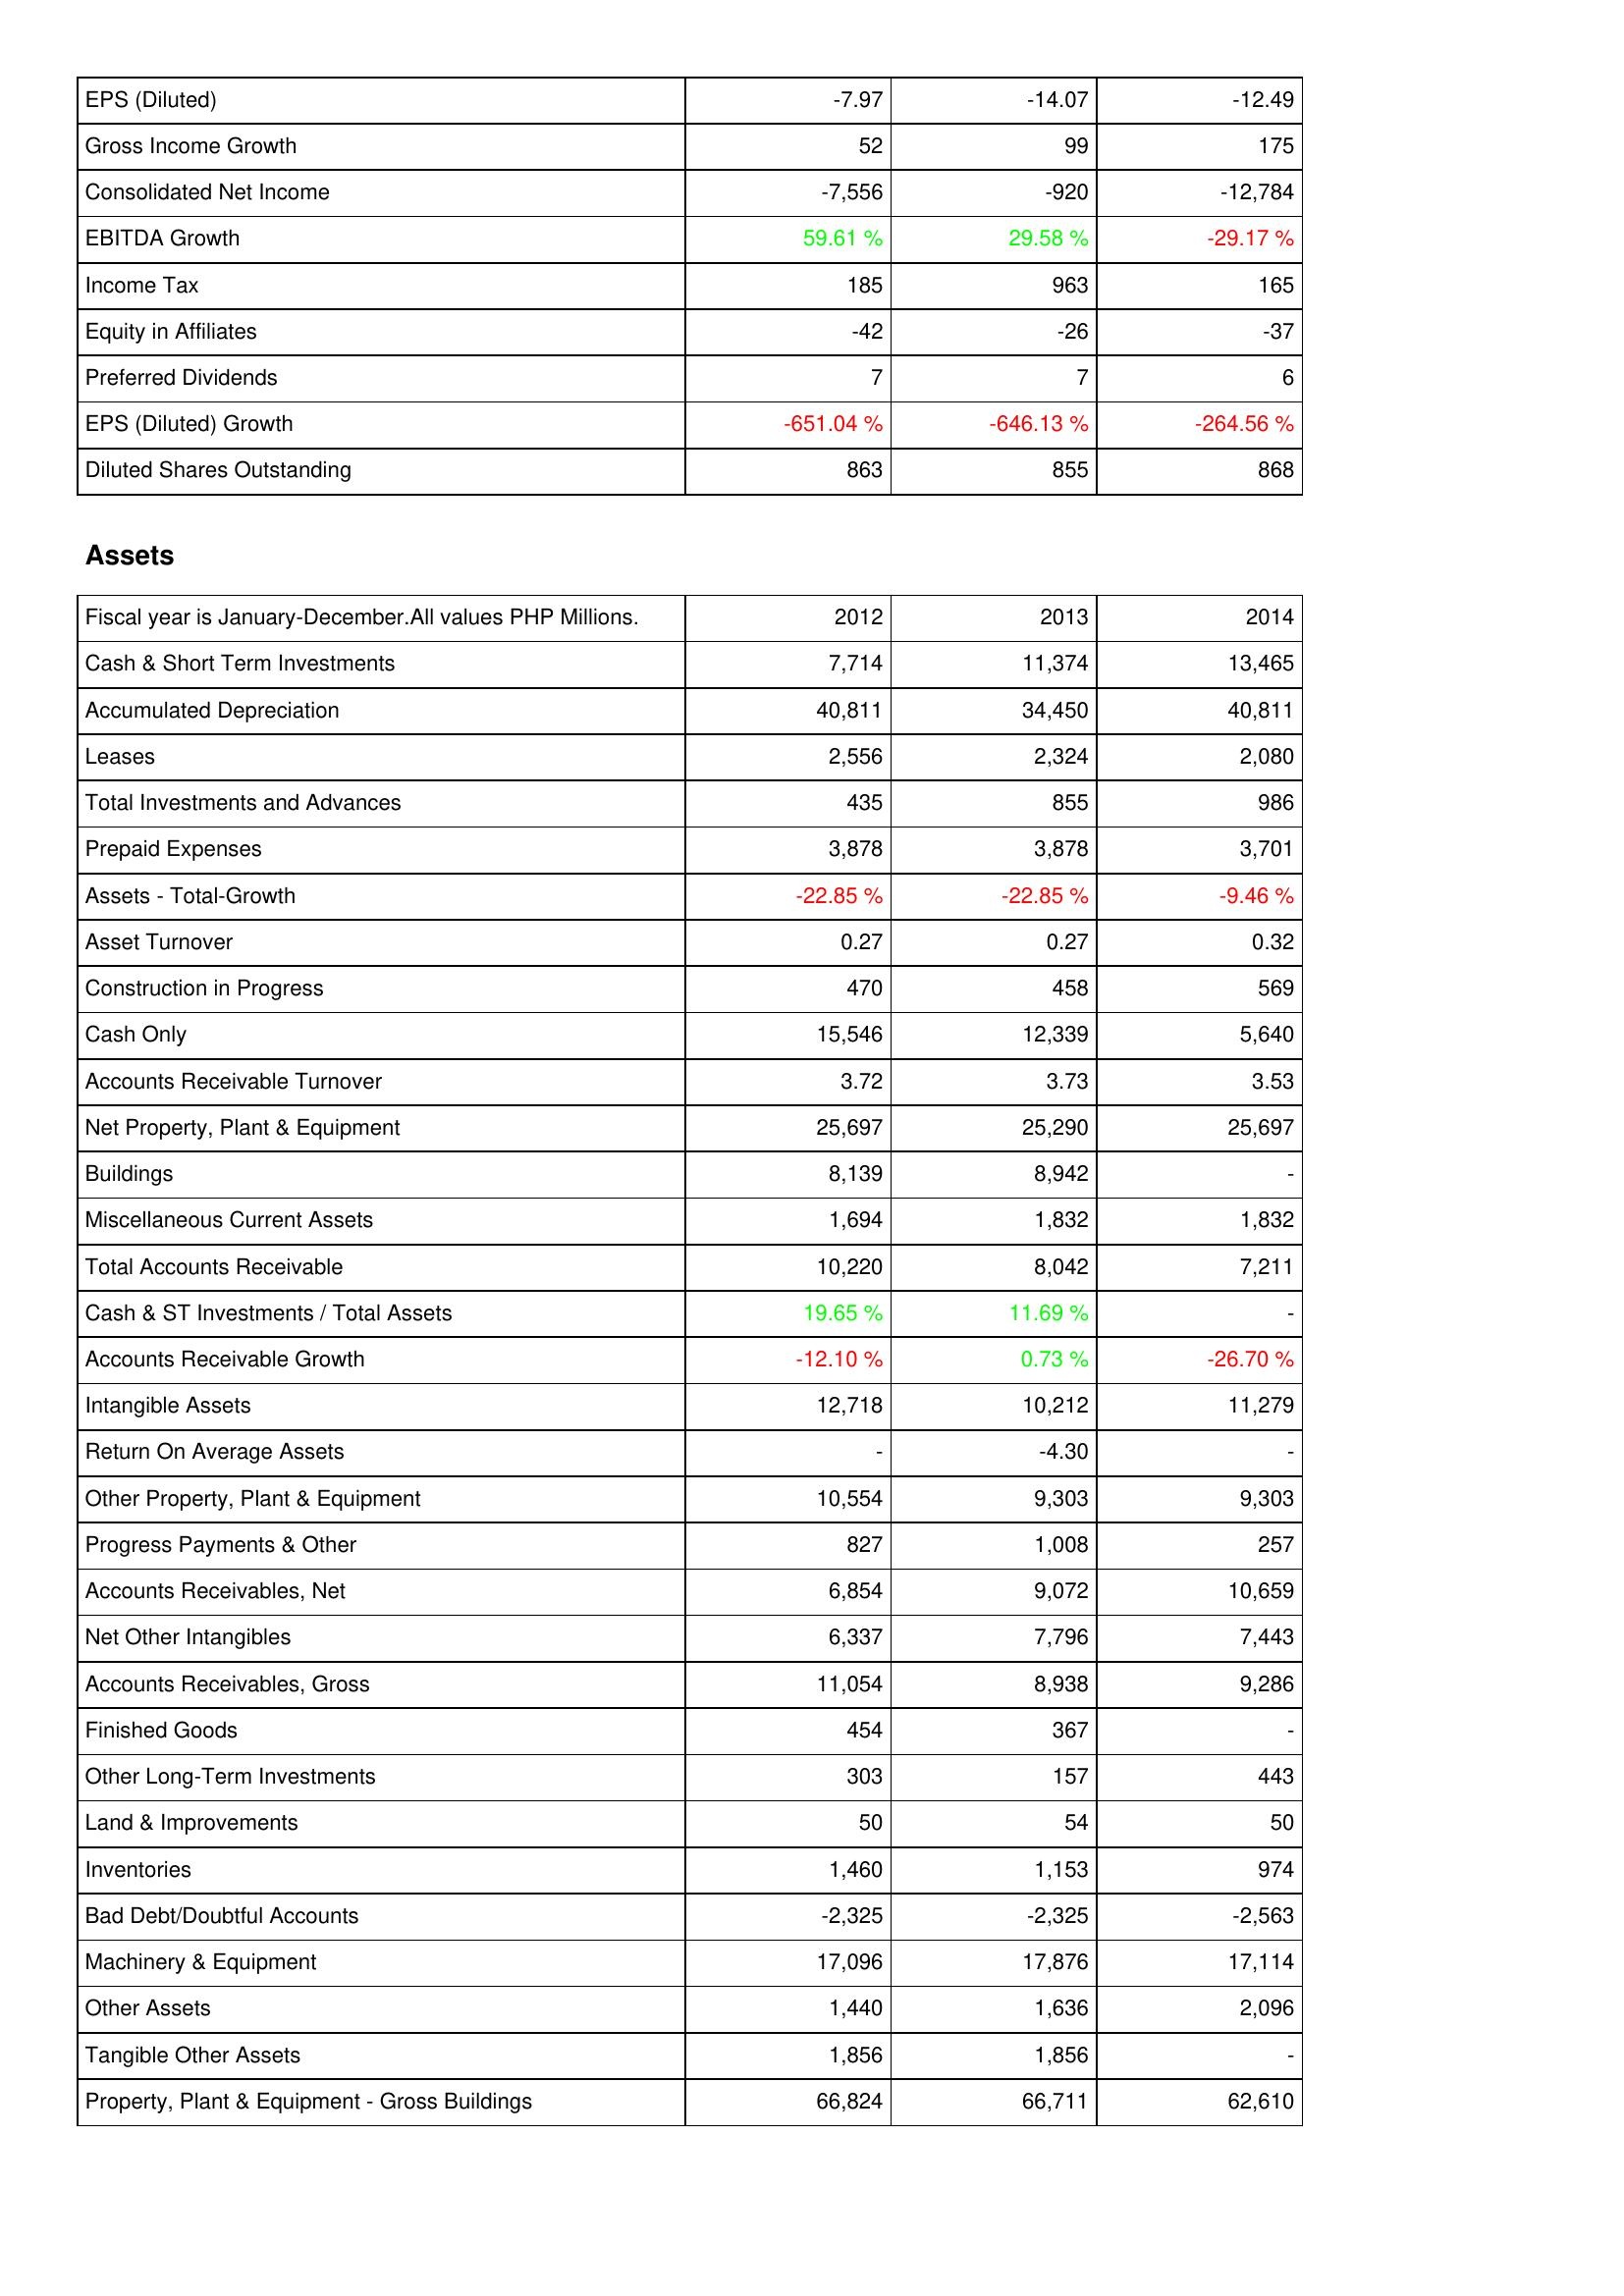
2012: Income Statement: EPS (Diluted): -7.97
Gross Income Growth: 52
Consolidated Net Income: -7,556
EBITDA Growth: 59.61 %
Income Tax: 185
Equity in Affiliates: -42
Preferred Dividends: 7
EPS (Diluted) Growth: -651.04 %
Diluted Shares Outstanding: 863
Assets: Cash & Short Term Investments: 7,714
Accumulated Depreciation: 40,811
Leases: 2,556
Total Investments and Advances: 435
Prepaid Expenses: 3,878
Assets - Total-Growth: -22.85 %
Asset Turnover: 0.27
Construction in Progress: 470
Cash Only: 15,546
Accounts Receivable Turnover: 3.72
Net Property, Plant & Equipment: 25,697
Buildings: 8,139
Miscellaneous Current Assets: 1,694
Total Accounts Receivable: 10,220
Cash & ST Investments / Total Assets: 19.65 %
Accounts Receivable Growth: -12.10 %
Intangible Assets: 12,718
Return On Average Assets: -
Other Property, Plant & Equipment: 10,554
Progress Payments & Other: 827
Accounts Receivables, Net: 6,854
Net Other Intangibles: 6,337
Accounts Receivables, Gross: 11,054
Finished Goods: 454
Other Long-Term Investments: 303
Land & Improvements: 50
Inventories: 1,460
Bad Debt/Doubtful Accounts: -2,325
Machinery & Equipment: 17,096
Other Assets: 1,440
Tangible Other Assets: 1,856
Property, Plant & Equipment - Gross Buildings: 66,824
2013: Income Statement: EPS (Diluted): -14.07
Gross Income Growth: 99
Consolidated Net Income: -920
EBITDA Growth: 29.58 %
Income Tax: 963
Equity in Affiliates: -26
Preferred Dividends: 7
EPS (Diluted) Growth: -646.13 %
Diluted Shares Outstanding: 855
Assets: Cash & Short Term Investments: 11,374
Accumulated Depreciation: 34,450
Leases: 2,324
Total Investments and Advances: 855
Prepaid Expenses: 3,878
Assets - Total-Growth: -22.85 %
Asset Turnover: 0.27
Construction in Progress: 458
Cash Only: 12,339
Accounts Receivable Turnover: 3.73
Net Property, Plant & Equipment: 25,290
Buildings: 8,942
Miscellaneous Current Assets: 1,832
Total Accounts Receivable: 8,042
Cash & ST Investments / Total Assets: 11.69 %
Accounts Receivable Growth: 0.73 %
Intangible Assets: 10,212
Return On Average Assets: -4.30
Other Property, Plant & Equipment: 9,303
Progress Payments & Other: 1,008
Accounts Receivables, Net: 9,072
Net Other Intangibles: 7,796
Accounts Receivables, Gross: 8,938
Finished Goods: 367
Other Long-Term Investments: 157
Land & Improvements: 54
Inventories: 1,153
Bad Debt/Doubtful Accounts: -2,325
Machinery & Equipment: 17,876
Other Assets: 1,636
Tangible Other Assets: 1,856
Property, Plant & Equipment - Gross Buildings: 66,711
2014: Income Statement: EPS (Diluted): -12.49
Gross Income Growth: 175
Consolidated Net Income: -12,784
EBITDA Growth: -29.17 %
Income Tax: 165
Equity in Affiliates: -37
Preferred Dividends: 6
EPS (Diluted) Growth: -264.56 %
Diluted Shares Outstanding: 868
Assets: Cash & Short Term Investments: 13,465
Accumulated Depreciation: 40,811
Leases: 2,080
Total Investments and Advances: 986
Prepaid Expenses: 3,701
Assets - Total-Growth: -9.46 %
Asset Turnover: 0.32
Construction in Progress: 569
Cash Only: 5,640
Accounts Receivable Turnover: 3.53
Net Property, Plant & Equipment: 25,697
Buildings: -
Miscellaneous Current Assets: 1,832
Total Accounts Receivable: 7,211
Cash & ST Investments / Total Assets: -
Accounts Receivable Growth: -26.70 %
Intangible Assets: 11,279
Return On Average Assets: -
Other Property, Plant & Equipment: 9,303
Progress Payments & Other: 257
Accounts Receivables, Net: 10,659
Net Other Intangibles: 7,443
Accounts Receivables, Gross: 9,286
Finished Goods: -
Other Long-Term Investments: 443
Land & Improvements: 50
Inventories: 974
Bad Debt/Doubtful Accounts: -2,563
Machinery & Equipment: 17,114
Other Assets: 2,096
Tangible Other Assets: -
Property, Plant & Equipment - Gross Buildings: 62,610